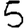
Digit: 5